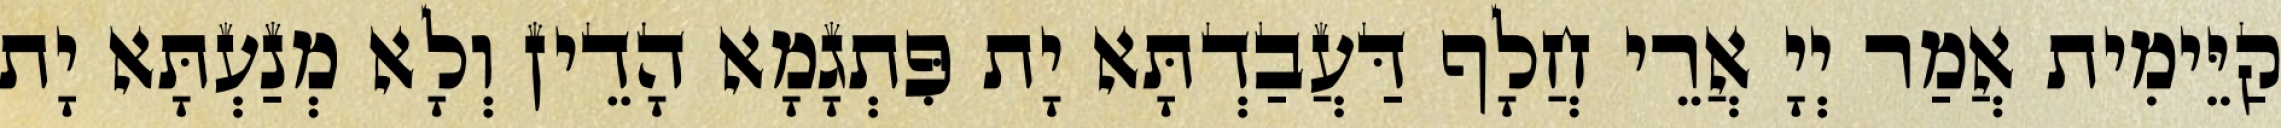
קַיֵּימִית אֲמַר יְיָ אֲרֵי חֲלָף דַּעֲבַדְתָּא יָת פִּתְגָמָא הָדֵין וְלָא מְנַעְתָּא יָת